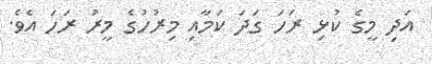
އަދި މީގެ ކުޅި ރަހަ ގަދަ ކަމާއި މިރުހުގެ މީރު ރަހަ އެވެ.